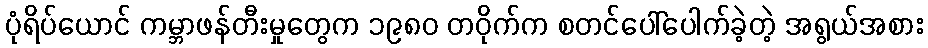
ပုံရိပ်ယောင် ကမ္ဘာဖန်တီးမှုတွေက ၁၉၈၀ တဝိုက်က စတင်ပေါ်ပေါက်ခဲ့တဲ့ အရွယ်အစား